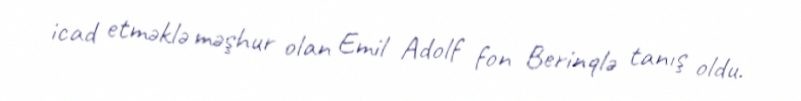
icad etməklə məşhur olan Emil Adolf fon Berinqlə tanış oldu.